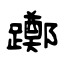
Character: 躑